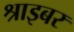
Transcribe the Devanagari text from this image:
श्राइबर